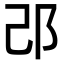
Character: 𨙬